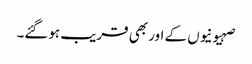
صہیونیوں کے اور بھی قریب ہوگئے۔